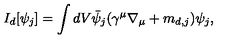
I _ { d } [ \psi _ { j } ] = \int d V \bar { \psi } _ { j } ( \gamma ^ { \mu } \nabla _ { \mu } + m _ { d , j } ) \psi _ { j } ,